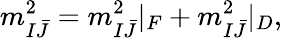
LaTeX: m_{I\bar{J}}^{2}=m_{I\bar{J}}^{2}|_{F}+m_{I\bar{J}}^{2}|_{D},